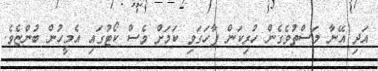
އަދި އޭނާ މަސްތުވެގެން ހުރިކަން ފާހަގަވި ކަމަށް ވެސް ކޯޓުގައި އެމީހުން ބުންޏެވެ.